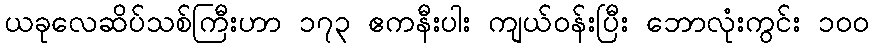
ယခုလေဆိပ်သစ်ကြီးဟာ ၁၇၃ ဧကနီးပါး ကျယ်ဝန်းပြီး ဘောလုံးကွင်း ၁၀၀